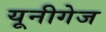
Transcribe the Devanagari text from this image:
यूनीगेज